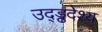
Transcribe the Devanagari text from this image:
उद्ड्ढदेश्य